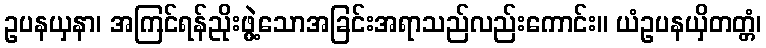
ဥပနယှနာ၊ အကြင်ရန်ညိုးဖွဲ့သောအခြင်းအရာသည်လည်းကောင်း။ ယံဥပနယှိတတ္တံ၊